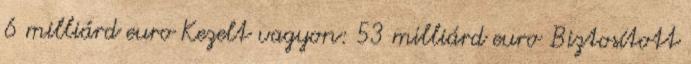
6 milliárd euro Kezelt vagyon: 53 milliárd euro Biztosított